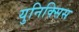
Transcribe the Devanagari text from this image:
युनिक्सिस